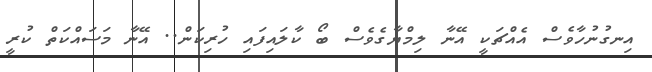
އިނގުނުހާވެސް އެއްޗަކީ އޭނާ ލިމްޔާގެވެސް ބޯ ކާލައިފައި ހުރިކަން.. އޭނާ މަސައްކަތް ކުރީ